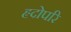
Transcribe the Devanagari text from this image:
हृदोपरि